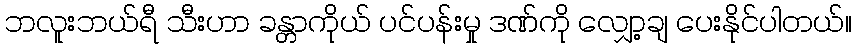
ဘလူးဘယ်ရီ သီးဟာ ခန္တာကိုယ် ပင်ပန်းမှု ဒဏ်ကို လျှော့ချ ပေးနိုင်ပါတယ်။